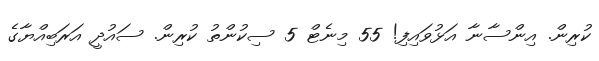
ކުރިން. އިންސާނާ އަޅުވައިފި! 55 މިނެޓް 5 ސިކުންތު ކުރިން. ސައުދީ އަރަބިއްޔާގެ